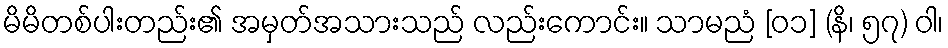
မိမိတစ်ပါးတည်း၏ အမှတ်အသားသည် လည်းကောင်း။ သာမညံ [၀၁] (နိ၊ ၅၇) ဝါ၊